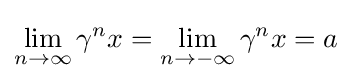
\lim _{n\to \infty }\gamma ^{n}x=\lim _{n\to -\infty }\gamma ^{n}x=a